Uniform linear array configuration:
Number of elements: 48
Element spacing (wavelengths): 0.25
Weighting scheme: hamming
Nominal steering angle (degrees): -30
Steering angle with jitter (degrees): -30.242
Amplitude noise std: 0.05
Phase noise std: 0.05

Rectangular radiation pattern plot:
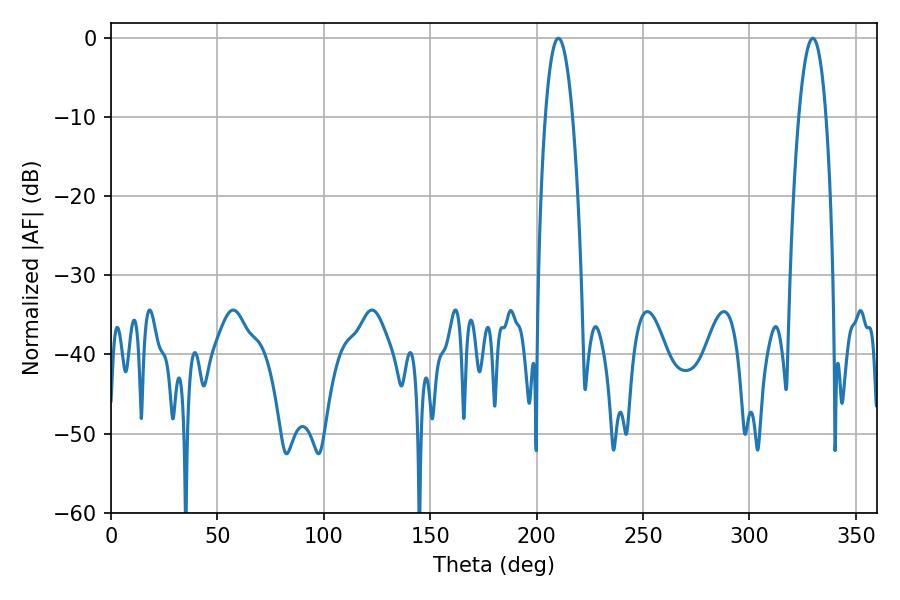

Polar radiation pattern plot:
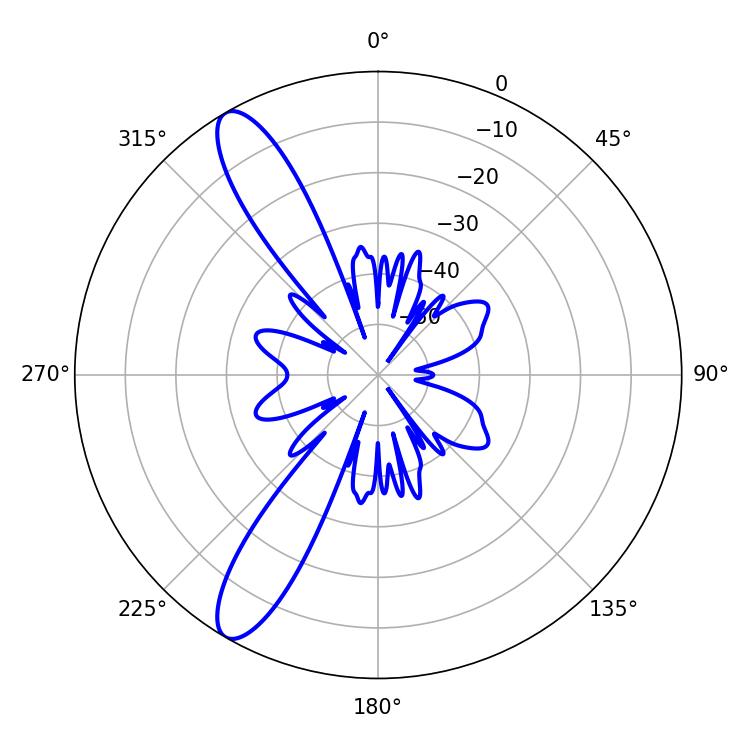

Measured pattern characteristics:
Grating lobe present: FALSE
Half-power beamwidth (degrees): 7.02
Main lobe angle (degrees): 210.24